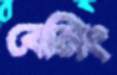
বেনিং